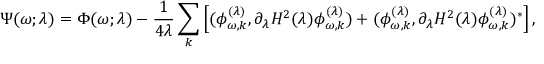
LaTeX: \Psi ( \omega ; \lambda ) = \Phi ( \omega ; \lambda ) - { \frac { 1 } { 4 \lambda } } \sum _ { k } \left[ ( \phi _ { \omega , k } ^ { ( \lambda ) } , \partial _ { \lambda } H ^ { 2 } ( \lambda ) \phi _ { \omega , k } ^ { ( \lambda ) } ) + ( \phi _ { \omega , k } ^ { ( \lambda ) } , \partial _ { \lambda } H ^ { 2 } ( \lambda ) \phi _ { \omega , k } ^ { ( \lambda ) } ) ^ { * } \right] ,